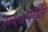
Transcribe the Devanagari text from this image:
२०१७पर्यंत